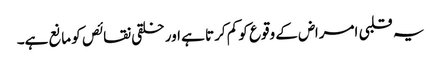
یہ قلبی امراض کے وقوع کو کم کرتا ہے اور خلقی نقائص کو مانع ہے۔